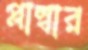
প্লাম্বার